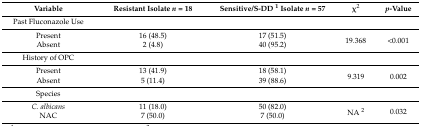
<table><thead><tr><td><b>Variable</b></td><td><b>Resistant Isolate <i>n</i> = 18</b></td><td><b>Sensitive/S-DD <sup>1</sup> Isolate <i>n</i> = 57</b></td><td><b>χ2</b></td><td><b><i>p</i>-Value</b></td></tr></thead><tbody><tr><td>Past Fluconazole Use</td><td></td><td></td><td></td><td></td></tr><tr><td>Present</td><td>16 (48.5)</td><td>17 (51.5)</td><td rowspan="2">19.368</td><td rowspan="2">&lt;0.001</td></tr><tr><td>Absent</td><td>2 (4.8)</td><td>40 (95.2)</td></tr><tr><td>History of OPC</td><td></td><td></td><td></td><td></td></tr><tr><td>Present</td><td>13 (41.9)</td><td>18 (58.1)</td><td rowspan="2">9.319</td><td rowspan="2">0.002</td></tr><tr><td>Absent</td><td>5 (11.4)</td><td>39 (88.6)</td></tr><tr><td>Species</td><td></td><td></td><td></td><td></td></tr><tr><td><i>C. albicans</i></td><td>11 (18.0)</td><td>50 (82.0)</td><td rowspan="2">NA <sup>2</sup></td><td rowspan="2">0.032</td></tr><tr><td>NAC</td><td>7 (50.0)</td><td>7 (50.0)</td></tr></tbody></table>